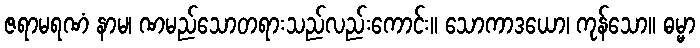
ဇရာမရဏံ နာမ၊ ဏမည်သောတရားသည်လည်းကောင်း။ သောကာဒယော၊ ကုန်သော။ ဓမ္မာ